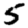
Digit: 5